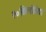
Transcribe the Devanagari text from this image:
२०किलोमिटर